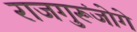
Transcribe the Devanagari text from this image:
राजगुरूंजोगे